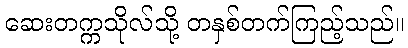
ဆေးတက္ကသိုလ်သို့ တနှစ်တက်ကြည့်သည်။